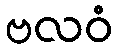
ဗလဝံ